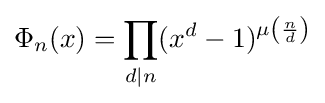
\Phi _{n}(x)=\prod _{d\mid n}(x^{d}-1)^{\mu \left({\frac {n}{d}}\right)}